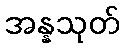
အန္နသုတ်